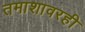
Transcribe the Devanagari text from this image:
तमाशावरही